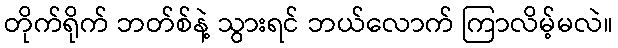
တိုက်ရိုက် ဘတ်စ်နဲ့ သွားရင် ဘယ်လောက် ကြာလိမ့်မလဲ။